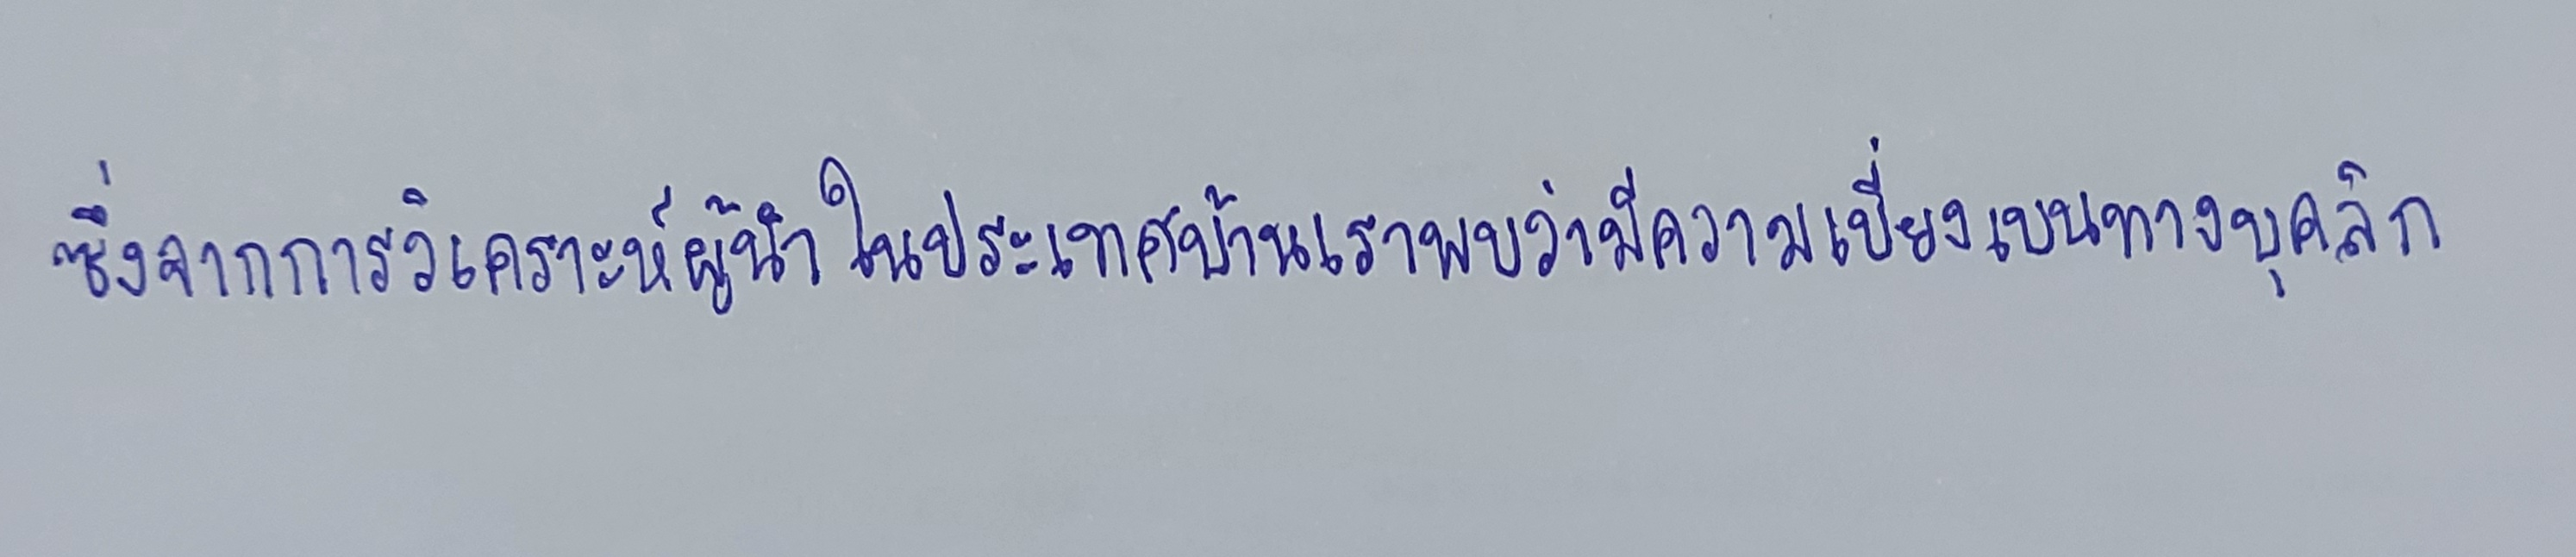
ซึ่งจากการวิเคราะห์ผู้นำในประเทศบ้านเราพบว่ามีความเบี่ยงเบนทางบุคลิก